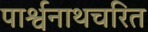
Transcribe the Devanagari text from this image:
पार्श्वनाथचरित